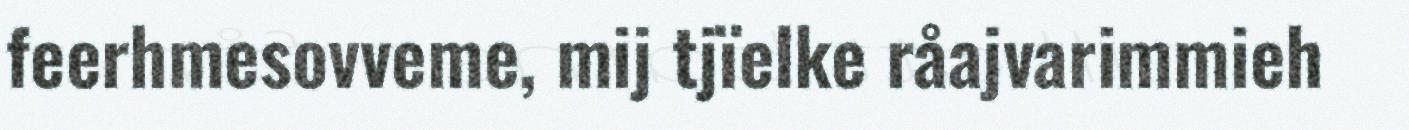
feerhmesovveme, mij tjïelke råajvarimmieh